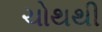
ચોથથી